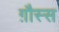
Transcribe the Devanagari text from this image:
ग़ौस्स